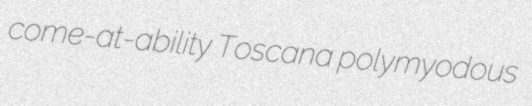
come-at-ability Toscana polymyodous